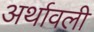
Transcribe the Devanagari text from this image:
अर्थावली